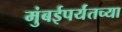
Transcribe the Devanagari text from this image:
मुंबईपर्यंतच्या